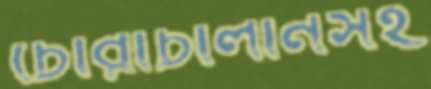
চোরাচালানসহ